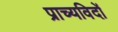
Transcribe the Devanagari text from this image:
प्राच्यविदों